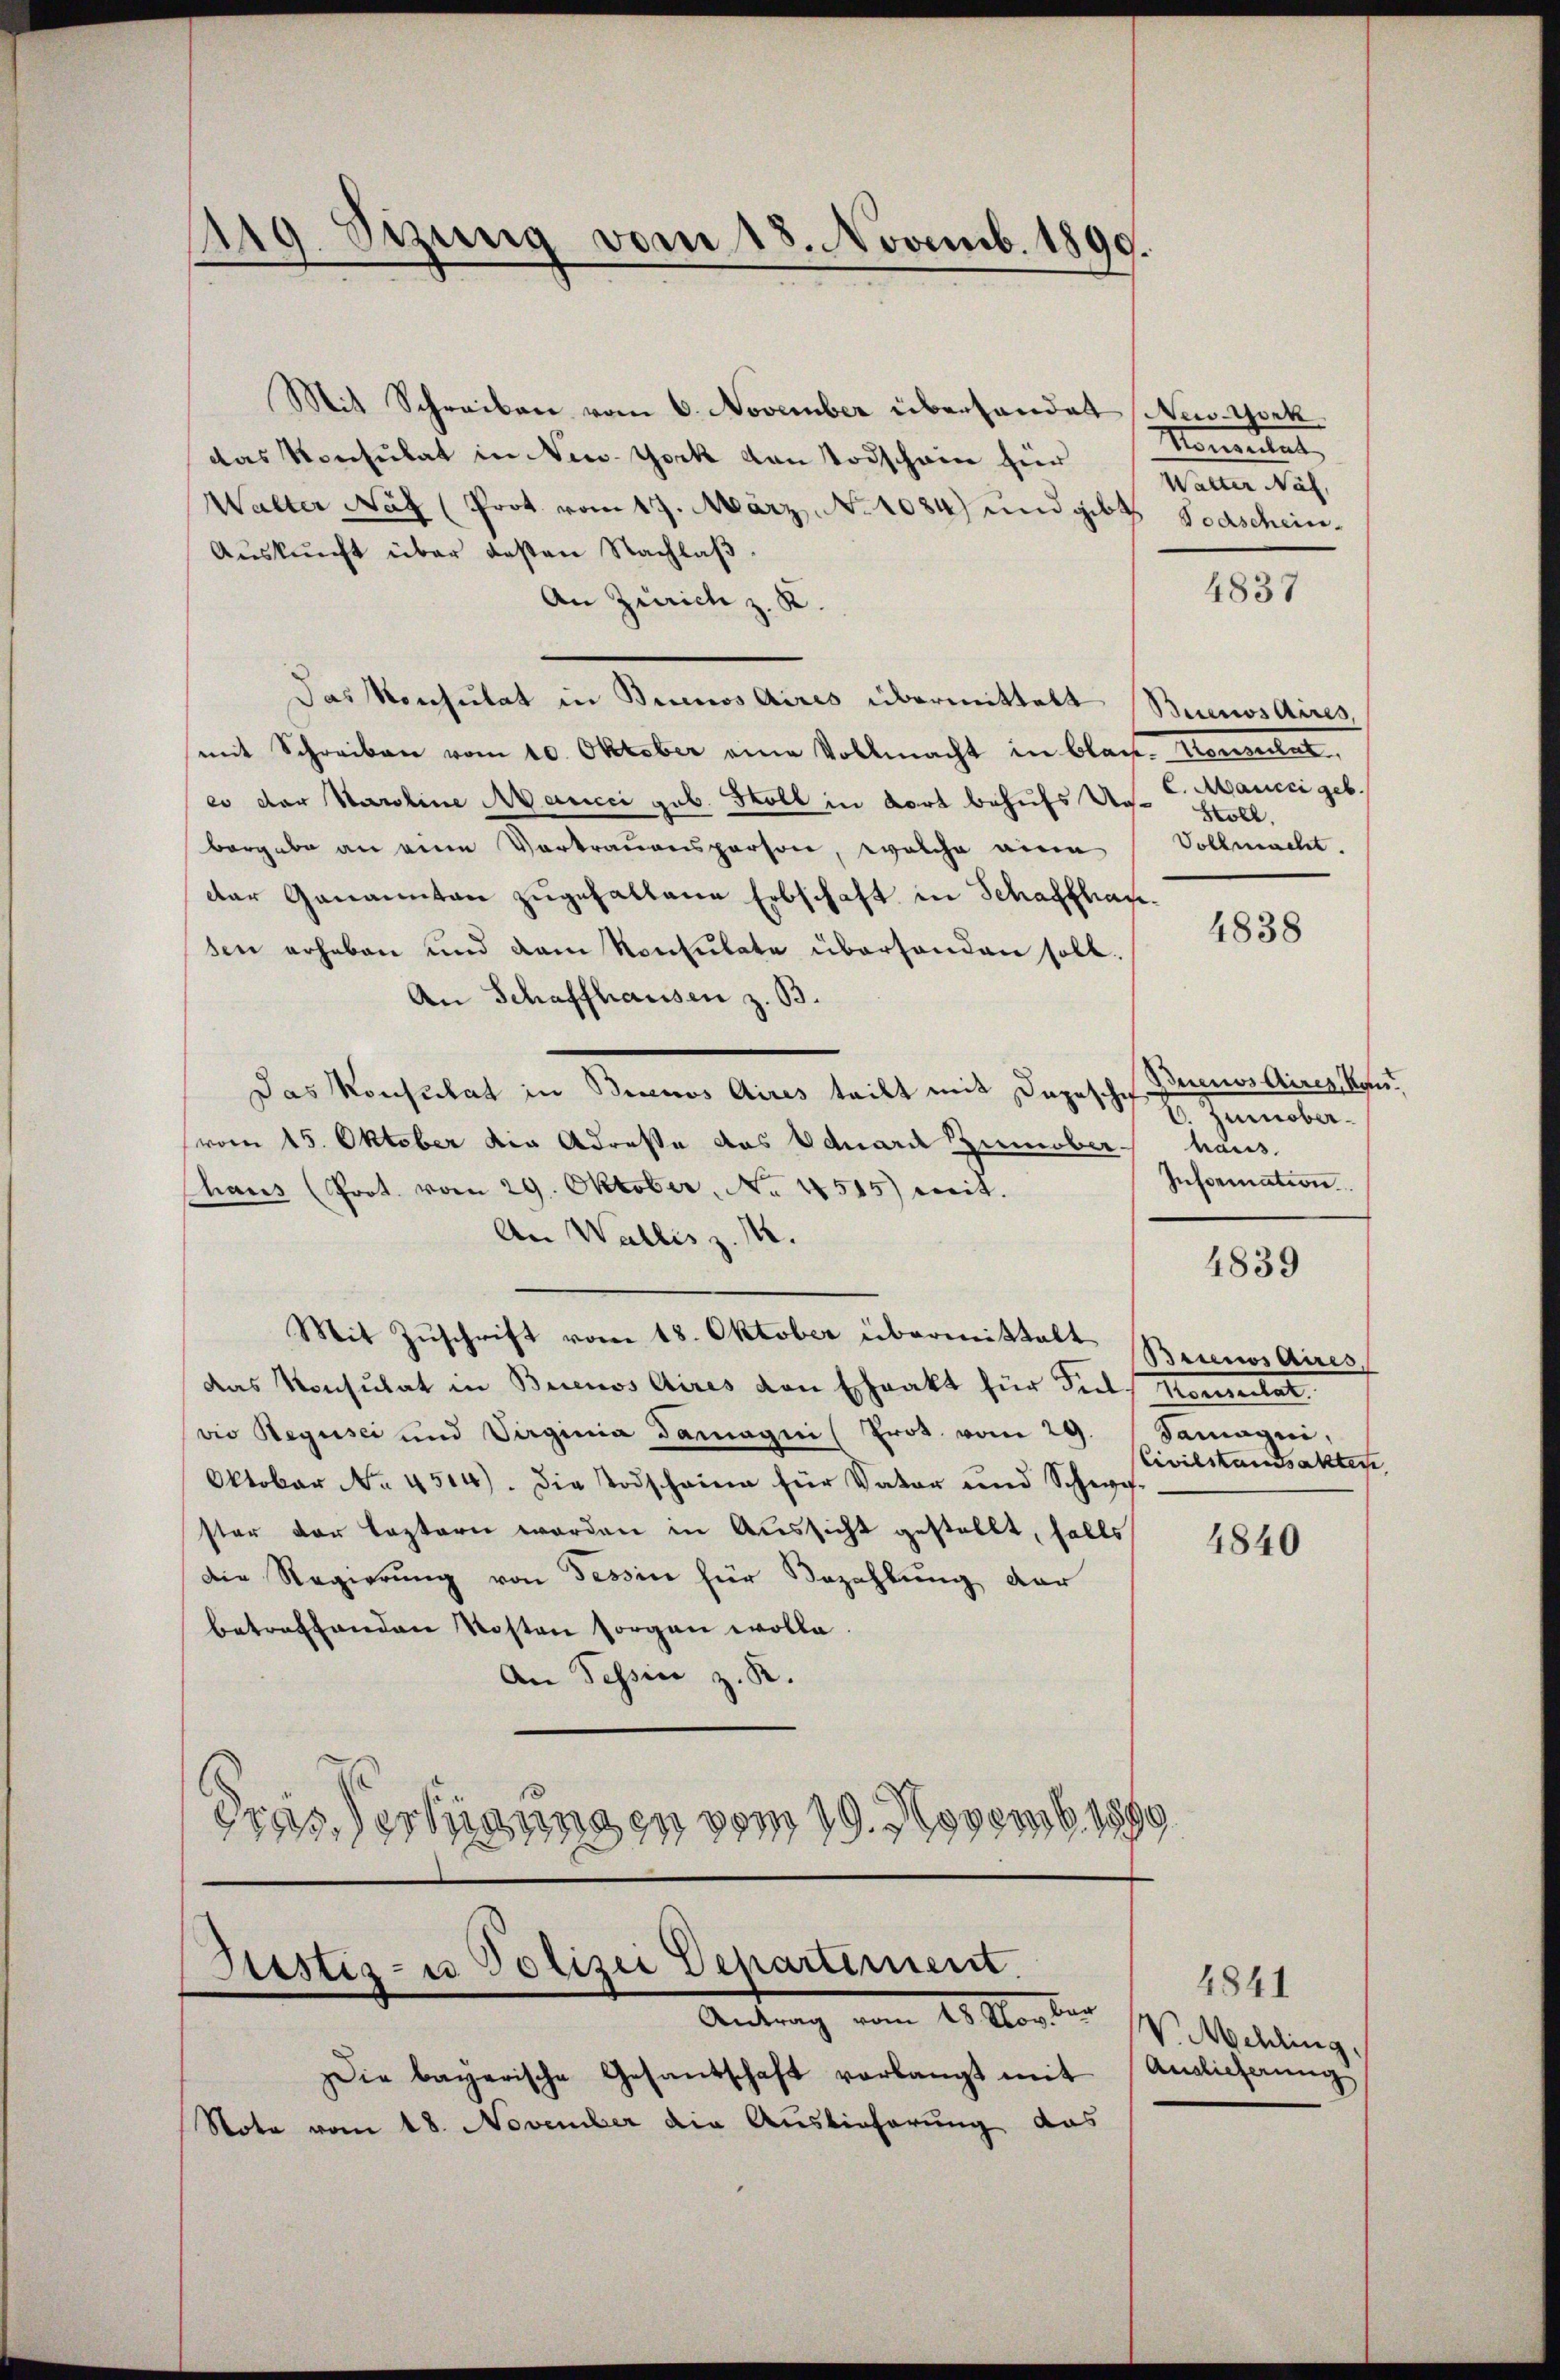
119 Sizung vom 18. Novemb. 1890.

Mit Schreiben vom 6. November überhandat New-York
das Konsulat in New-York von Todschain für
Walter Nat (Prot vom 17. März. No 1084) und gibt Todschein-
Aŭskŭnft über deßen Nachlaβ.
An Zürich z. R.
Das Konsulat in Brunos Aires übermittelt Buenos Aires,
mit Schreiben vom 10. Oktober eine Vollmacht in Clas- Konsulat,
eo der Karoline Manicci geb. Stoll in dort behufs Ue-S. Mancci geb.
bergabe an eine Vortrauensperson, welche eine Vollmacht.
der Genannten zugehaltene Erbschaft in Schaffhau
sen erheben und dem Konsulate überhanden soll.
An Schaffhausen z. B.
Das Konsulat in Bianos Aires teilt mit Ingeschif
(vom 15. Oktober die Adreste das Eduard Zinober-
Chaus (Prot. vom 29. Oktober, No. 4545) weit.
An Wallis z. 14.
Mit Zŭschrift vom 18. Oktober übermittalt erinos Aires,
das Konsulat in Buenos Aires von Schrakt für Fiels Neuertat
vio Regusci und Virginia Damagni (Prot. vom 29. Samagni
Oktober No. 4514). Die Todscheine für Vater und Schwe
ster der leztern worden in Aussicht gestellt, falls
Die Regierung von Tessin für Bezahlung der
betreffenden Kosten sorgen wolle.
An Tessin z. R.
dras Verfügungen vom 19. Novemb. 1899

Stistiz- u Polizei Departement.
Antrag vom 18. Novber
Die bayerische Gesandschaft verlangt mit
Note vom 18. November die Auslieferung das

Stoll.

Buenos Aires Kan¬
6. Zunoberhaus
Information
Civilstandsakten,

Monsulat
Maller das

4837

4838

4839

4840

4841
V. Mehling.
Anlicherung